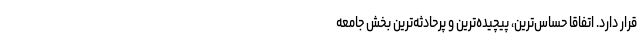
قرار دارد. اتفاقا حساس‌ترین، پیچیده‌ترین و پرحادثه‌ترین بخش جامعه